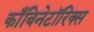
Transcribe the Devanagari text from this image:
काँबिनेटॉरिक्स